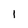
Character: 1